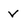
Character: v